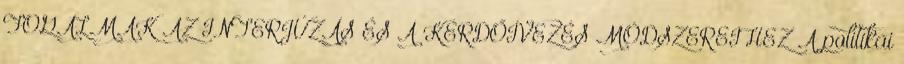
FOGALMAK AZ INTERJÚZÁS ÉS A KÉRDŐÍVEZÉS MÓDSZEREIHEZ A politikai